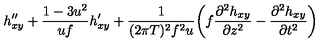
h _ { x y } ^ { \prime \prime } + { \frac { 1 - 3 u ^ { 2 } } { u f } } h _ { x y } ^ { \prime } + { \frac { 1 } { ( 2 \pi T ) ^ { 2 } f ^ { 2 } u } } \biggl ( f { \frac { \partial ^ { 2 } h _ { x y } } { \partial z ^ { 2 } } } - { \frac { \partial ^ { 2 } h _ { x y } } { \partial t ^ { 2 } } } \biggr )